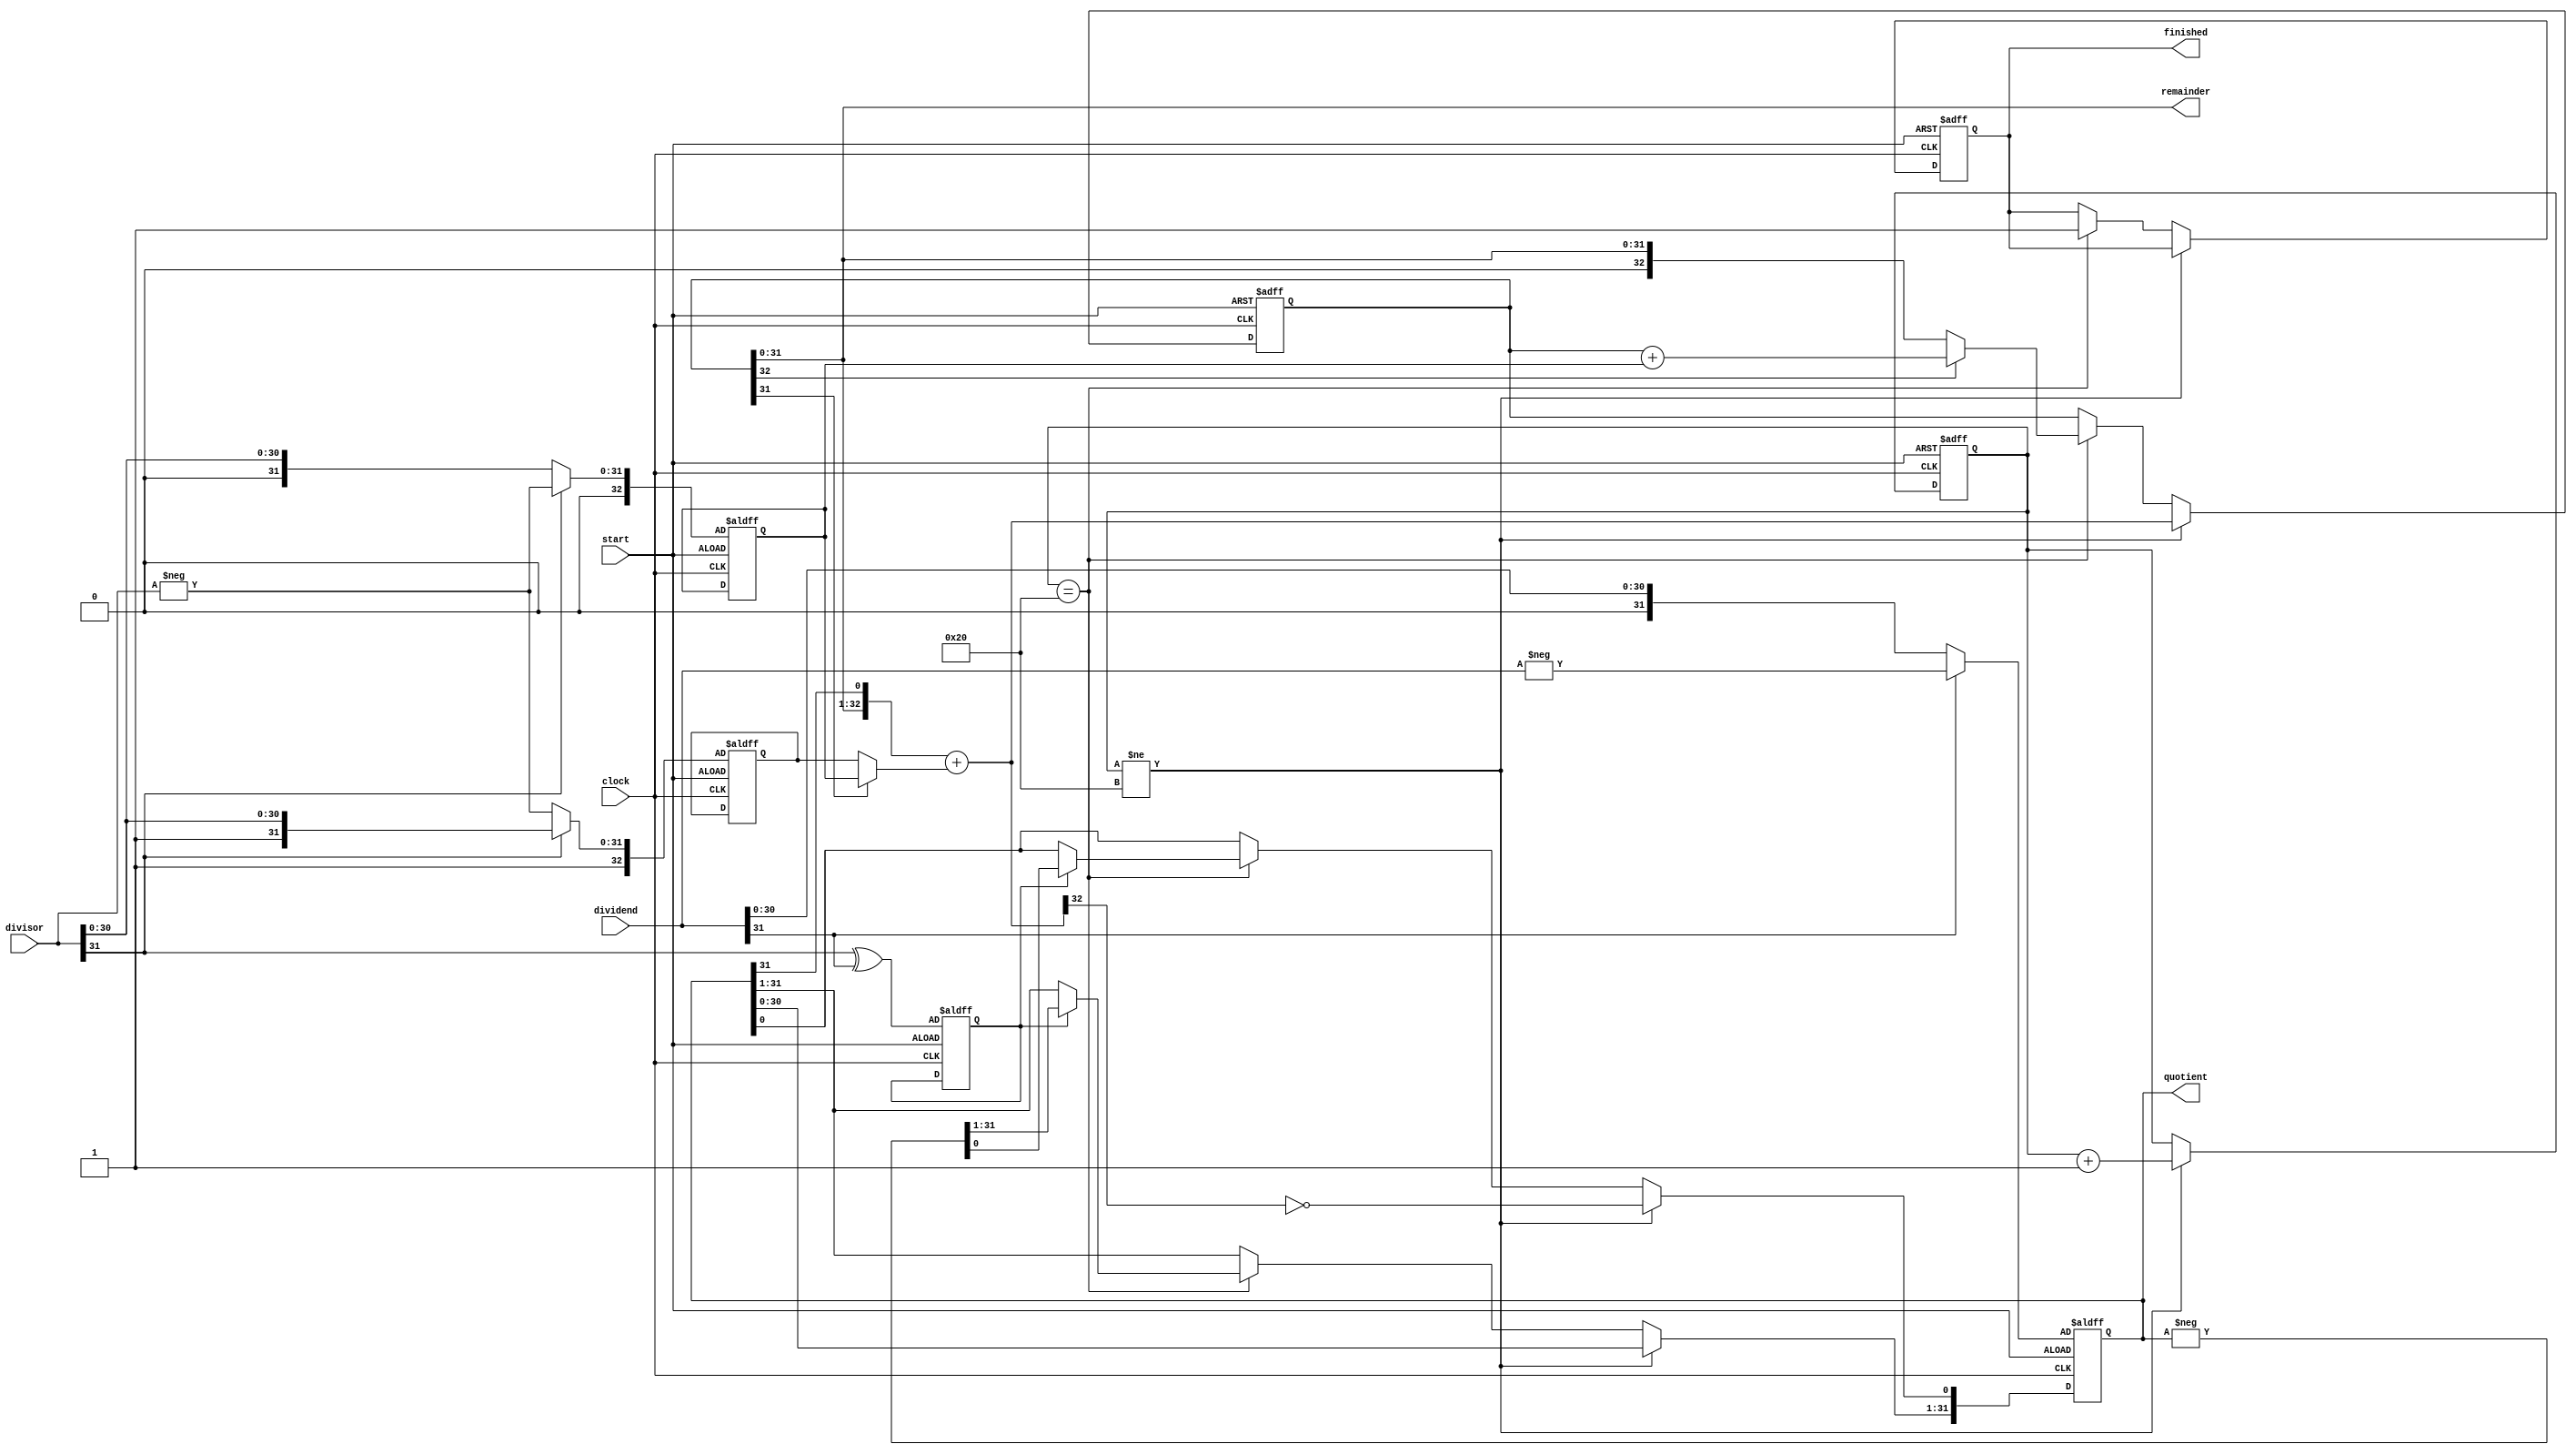
module divider(
	input wire clock,
	input wire start,
	input wire [31:0]dividend,
	input wire [31:0]divisor,
	output wire [31:0]quotient,
	output wire [31:0]remainder,
	output reg finished
);


// Large register for remaindor and qotient to allow shifting
reg [32:0] compute_remain;
reg [31:0] compute_quotient;
// Pre-computed positive and negative divisor
reg [32:0] divisor_pos;
reg [32:0] divisor_neg;
// Current step count
reg [5:0] count;
// Flag indicating if output needs to be negated
reg needsComp;

assign quotient = compute_quotient;
assign remainder = compute_remain;

initial finished <= 0;

always @(posedge clock, posedge start) begin
	if(start) begin
		compute_remain <= 33'd0;
		// Ensure dividend is negative
		compute_quotient <= dividend[31] ? -dividend : dividend;
		// Divisor_pos should be absolute value of divisor, neg should be negative abs
		divisor_pos <= divisor[31] ? -divisor : divisor;
		divisor_neg <= divisor[31] ? divisor : -divisor;
		// Sign-extend divisor, pos/neg should be enfocred so can just use 0/1
		divisor_pos[32] <= 0;
		divisor_neg[32] <= 1;
		// If either one is negative, then output should be negative
		needsComp = divisor[31] ^ dividend[31];
		// Setup control flags
		count <= 0;
		finished <= 0;
	end
	// Stop when division is done after 32 iterations
	else if(count != 32) begin
			// These statements all need to be blocking for correct execution, so can't use <=
			// Shift left
			compute_remain = compute_remain << 1;
			compute_remain[0] = compute_quotient[31];
			compute_quotient = compute_quotient << 1;
			
			// If A < 0, subtract. Otherwise add
			compute_remain = compute_remain  + (compute_remain[32] ? divisor_pos : divisor_neg);

			// Set q0 bit
			compute_quotient[0] = ~compute_remain[32];
			// Increment control counter
			count <= count + 1;
	end
	else if (count == 32) begin
		if(compute_remain[32]) begin
			compute_remain <= compute_remain + divisor_pos;
		end
		if(needsComp) begin
			compute_quotient <= -compute_quotient;
		end
		finished <= 1;
	end
end


endmodule